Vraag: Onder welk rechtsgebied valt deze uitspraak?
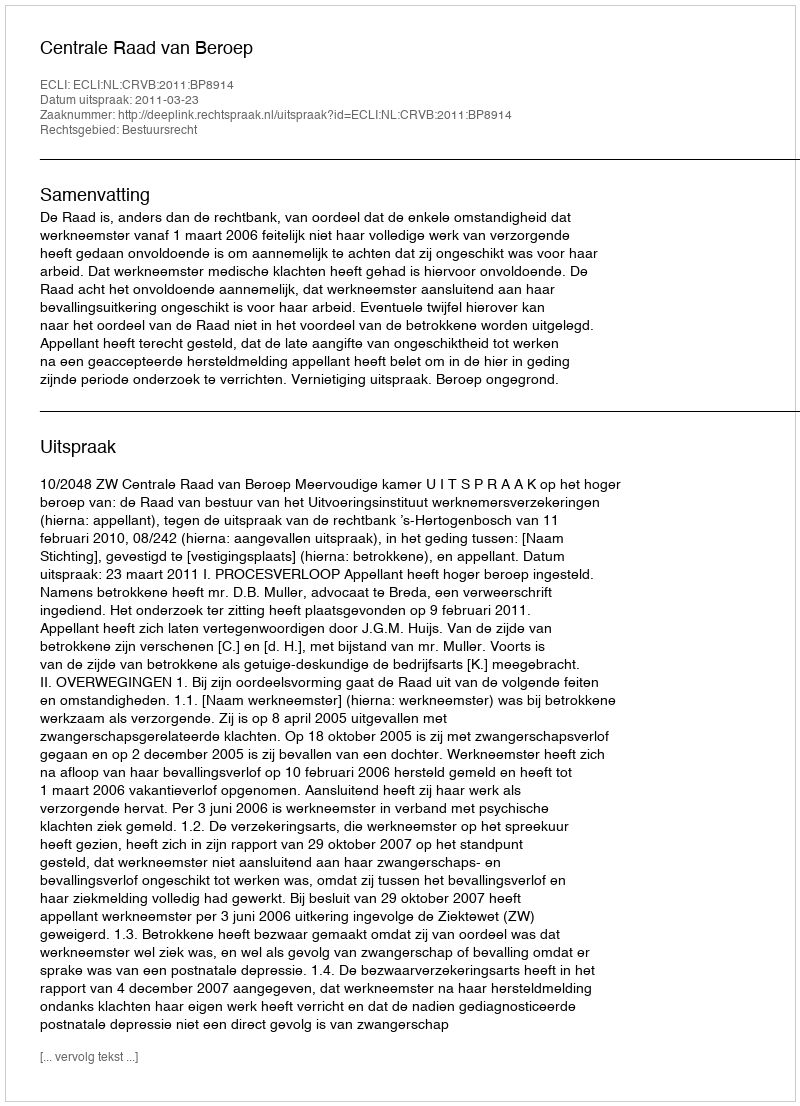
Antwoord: Bestuursrecht